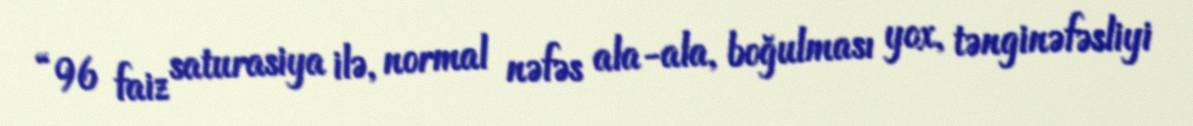
“96 faiz saturasiya ilə, normal nəfəs ala-ala, boğulması yox, tənginəfəsliyi